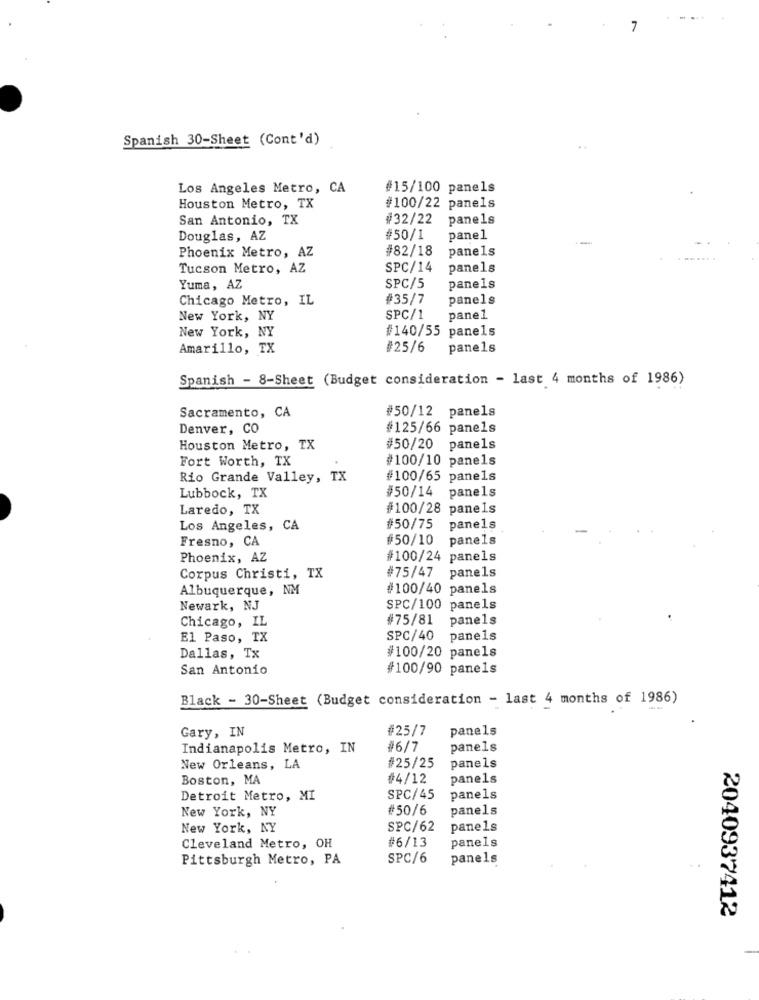
7
Spanish 30-Sheet (Cont'd)
Los Angeles Metro, CA
#15/100 panels
Houston Metro, TX
#100/22 panels
San Antonio, TX
#32/22 panels
Douglas, AZ
#50/1
panel
#82/18
panels
Phoenix Metro, AZ
Tucson Metro, AZ
SPC/14
panels
Yuma, AZ
SPC/5
panels
Chicago Metro, IL
#35/7
panels
New York, NY
SPC/1
panel
#140/55 panels
New York, NY
Amarillo, TX
#25/6
panels
Spanish - 8-Sheet (Budget consideration - last 4 months of 1986)
#50/12 panels
Sacramento, CA
Denver, CO
#125/66 panels
Houston Metro, TX
#50/20
panels
Fort Worth, TX
#100/10
panels
Rio Grande Valley, TX
#100/65
panels
panels
Lubbock, TX
#50/14
Laredo, TX
#100/28
panels
Los Angeles, CA
#50/75
panels
Fresno, CA
#50/10
panels
Phoenix, AZ
#100/24 panels
#75/47
Corpus Christi, TX
panels
Albuquerque, NM
#100/40 panels
Newark, NJ
SPC/100
panels
#75/81
panels
.
Chicago, IL
El Paso, TX
SPC/40
panels
Dallas, Tx
#100/20 panels
San Antonio
#100/90 panels
Black - 30-Sheet (Budget consideration - last 4 months of 1986)
#25/7
panels
Gary, IN
Indianapolis Metro, IN
#6/7
panels
New Orleans, LA
#25/25
panels
Boston, MA
#4/12
panels
Detroit Metro, MI
SPC/45
panels
New York, NY
#50/6
panels
New York, NY
SPC/62
panels
#6/13
panels
Cleveland Metro, OH
Pittsburgh Metro, PA
SPC/6
panels
2040937412